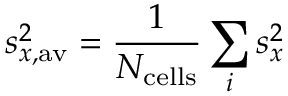
s _ { x , \mathrm { a v } } ^ { 2 } = \frac { 1 } { N _ { \mathrm { c e l l s } } } \sum _ { i } s _ { x } ^ { 2 }